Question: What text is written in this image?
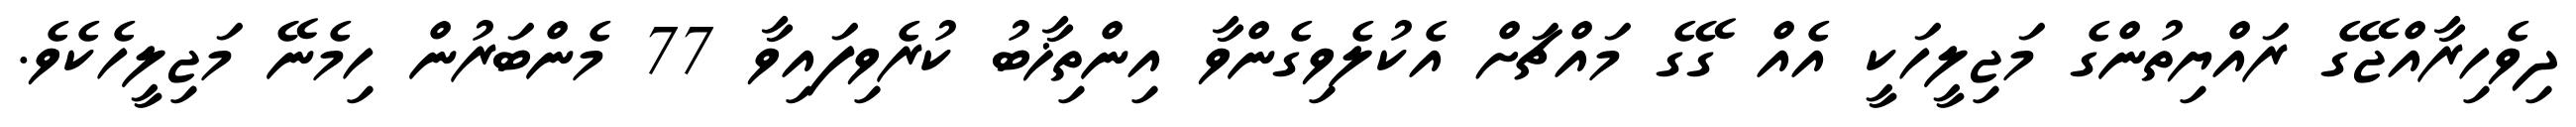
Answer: ދިވެހިރާއްޖޭގެ ރައްޔިތުންގެ މަޖިލީހަކީ އެއް ގޭގެ މައްޗަށް އެކުލެވިގެންވާ އިންތިޚާބު ކުރެވިފައިވާ 77 މެންބަރުން ހިމެނޭ މަޖިލީހެކެވެ.